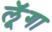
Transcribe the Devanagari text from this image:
लूॅगा